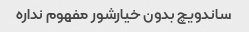
ساندویچ بدون خیارشور مفهوم نداره